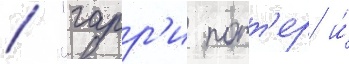
/ "гарр'и потт'ер и́